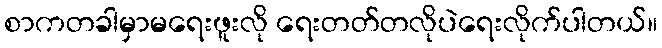
စာကတခါမှာမရေးဖူးလို ရေးတတ်တလိုပဲရေးလိုက်ပါတယ်။